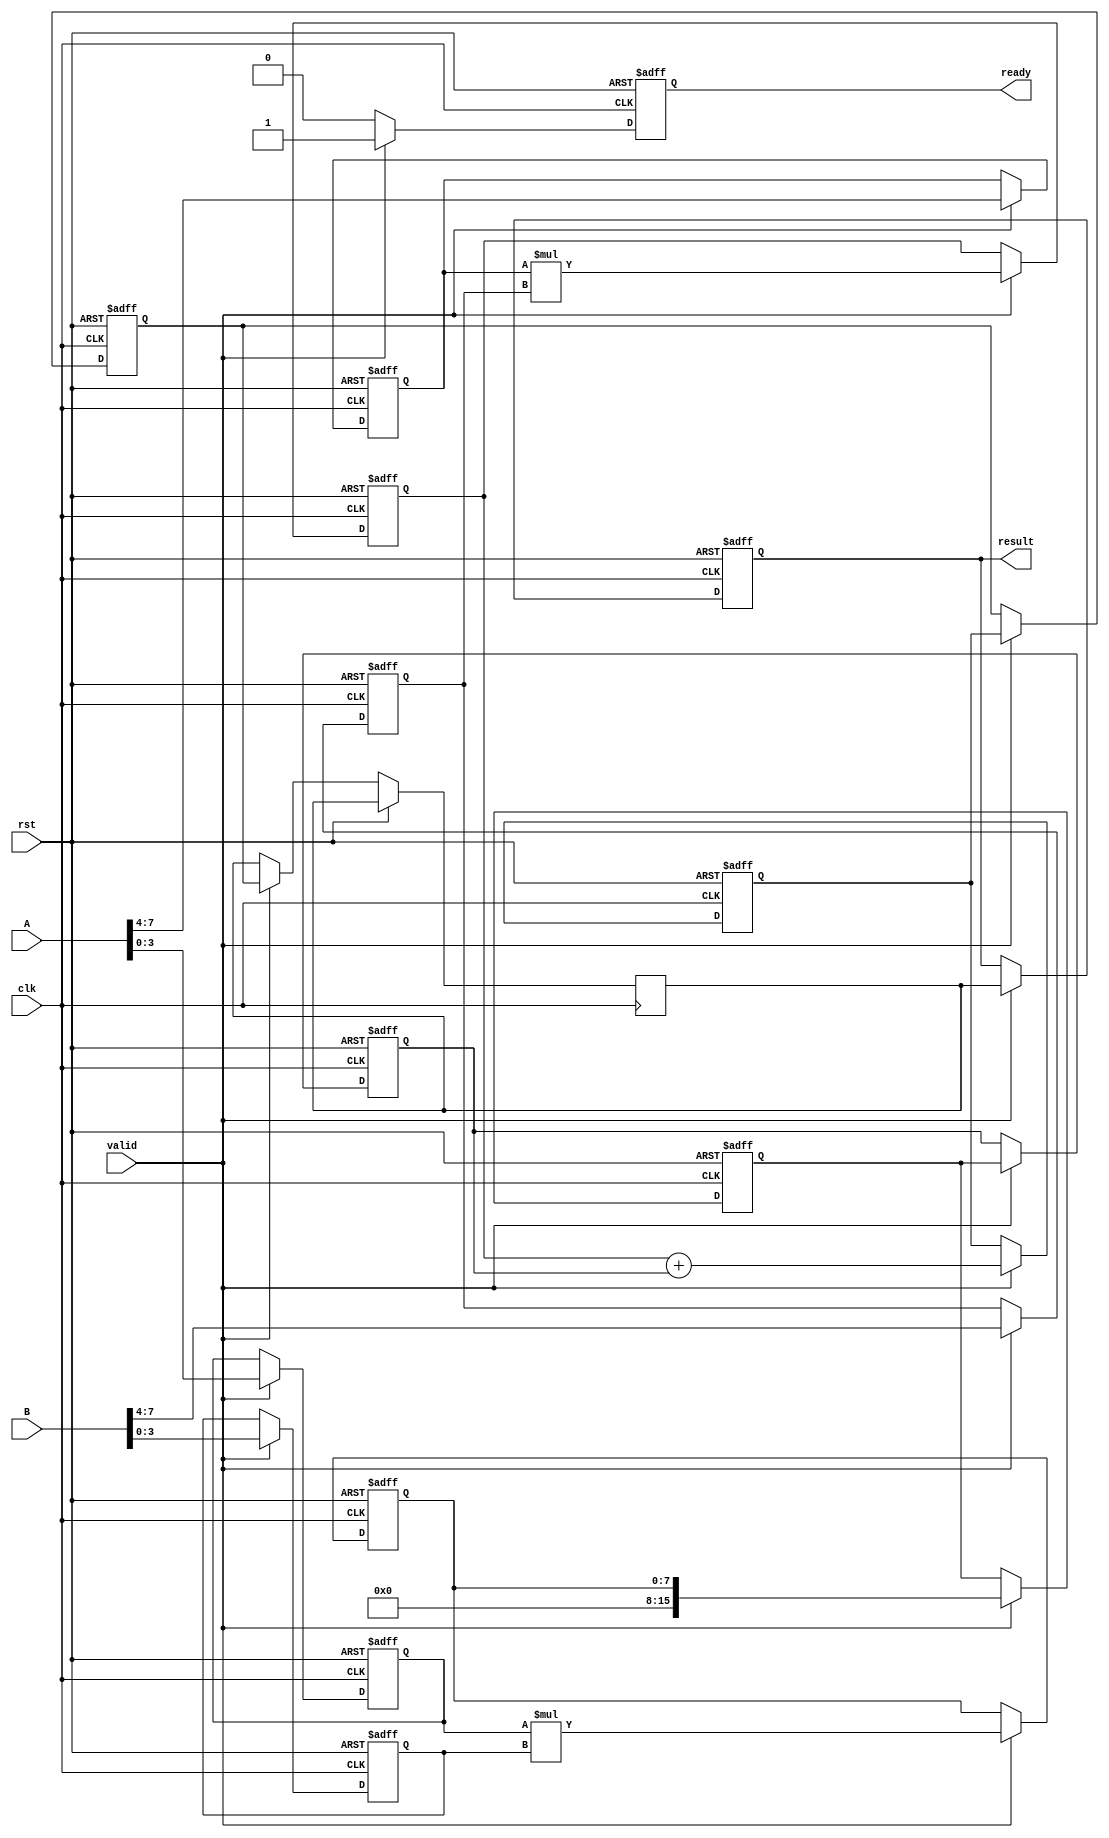
module pipelined_sliced_multiplier #(
    parameter N = 8, // Total bit width of the inputs
    parameter S = 2  // Slice width
)(
    input clk,
    input rst,
    input [N-1:0] A, // First operand
    input [N-1:0] B, // Second operand
    input valid,      // Input valid signal
    output reg [2*N-1:0] result, // Result of multiplication
    output reg ready // Output ready signal
);

    // Internal signals
    reg [N/S-1:0] A_slice [0:S-1]; // Slices of A
    reg [N/S-1:0] B_slice [0:S-1]; // Slices of B
    reg [2*N/S-1:0] partial_product [0:S-1]; // Partial products
    reg [2*N-1:0] accum [0:S-1]; // Accumulators for partial products
    reg [2*N-1:0] final_sum; // Final sum

    // Pipeline registers
    reg [2*N-1:0] pp_reg [0:S-1]; // Pipeline registers for partial products
    reg [2*N-1:0] acc_reg [0:S-1]; // Pipeline registers for accumulators

    integer i;

    // Slice the inputs
    always @(posedge clk or posedge rst) begin
        if (rst) begin
            for (i = 0; i < S; i = i + 1) begin
                A_slice[i] <= 0;
                B_slice[i] <= 0;
                partial_product[i] <= 0;
                accum[i] <= 0;
                pp_reg[i] <= 0;
                acc_reg[i] <= 0;
            end
            result <= 0;
            ready <= 0;
        end else if (valid) begin
            // Slice the inputs
            for (i = 0; i < S; i = i + 1) begin
                A_slice[i] <= A[(i+1)*N/S-1 -: N/S];
                B_slice[i] <= B[(i+1)*N/S-1 -: N/S];
            end

            // Compute partial products
            for (i = 0; i < S; i = i + 1) begin
                partial_product[i] <= A_slice[i] * B_slice[i];
            end

            // Pipeline stages
            for (i = 0; i < S; i = i + 1) begin
                if (i == 0) begin
                    pp_reg[i] <= partial_product[i];
                    acc_reg[i] <= pp_reg[i];
                end else begin
                    pp_reg[i] <= partial_product[i] + acc_reg[i-1];
                    acc_reg[i] <= pp_reg[i];
                end
            end

            // Final accumulation
            final_sum <= acc_reg[S-1];

            // Output result
            result <= final_sum;
            ready <= 1; // Indicate that the result is ready
        end else begin
            ready <= 0; // Reset ready signal if valid is not asserted
        end
    end
endmodule